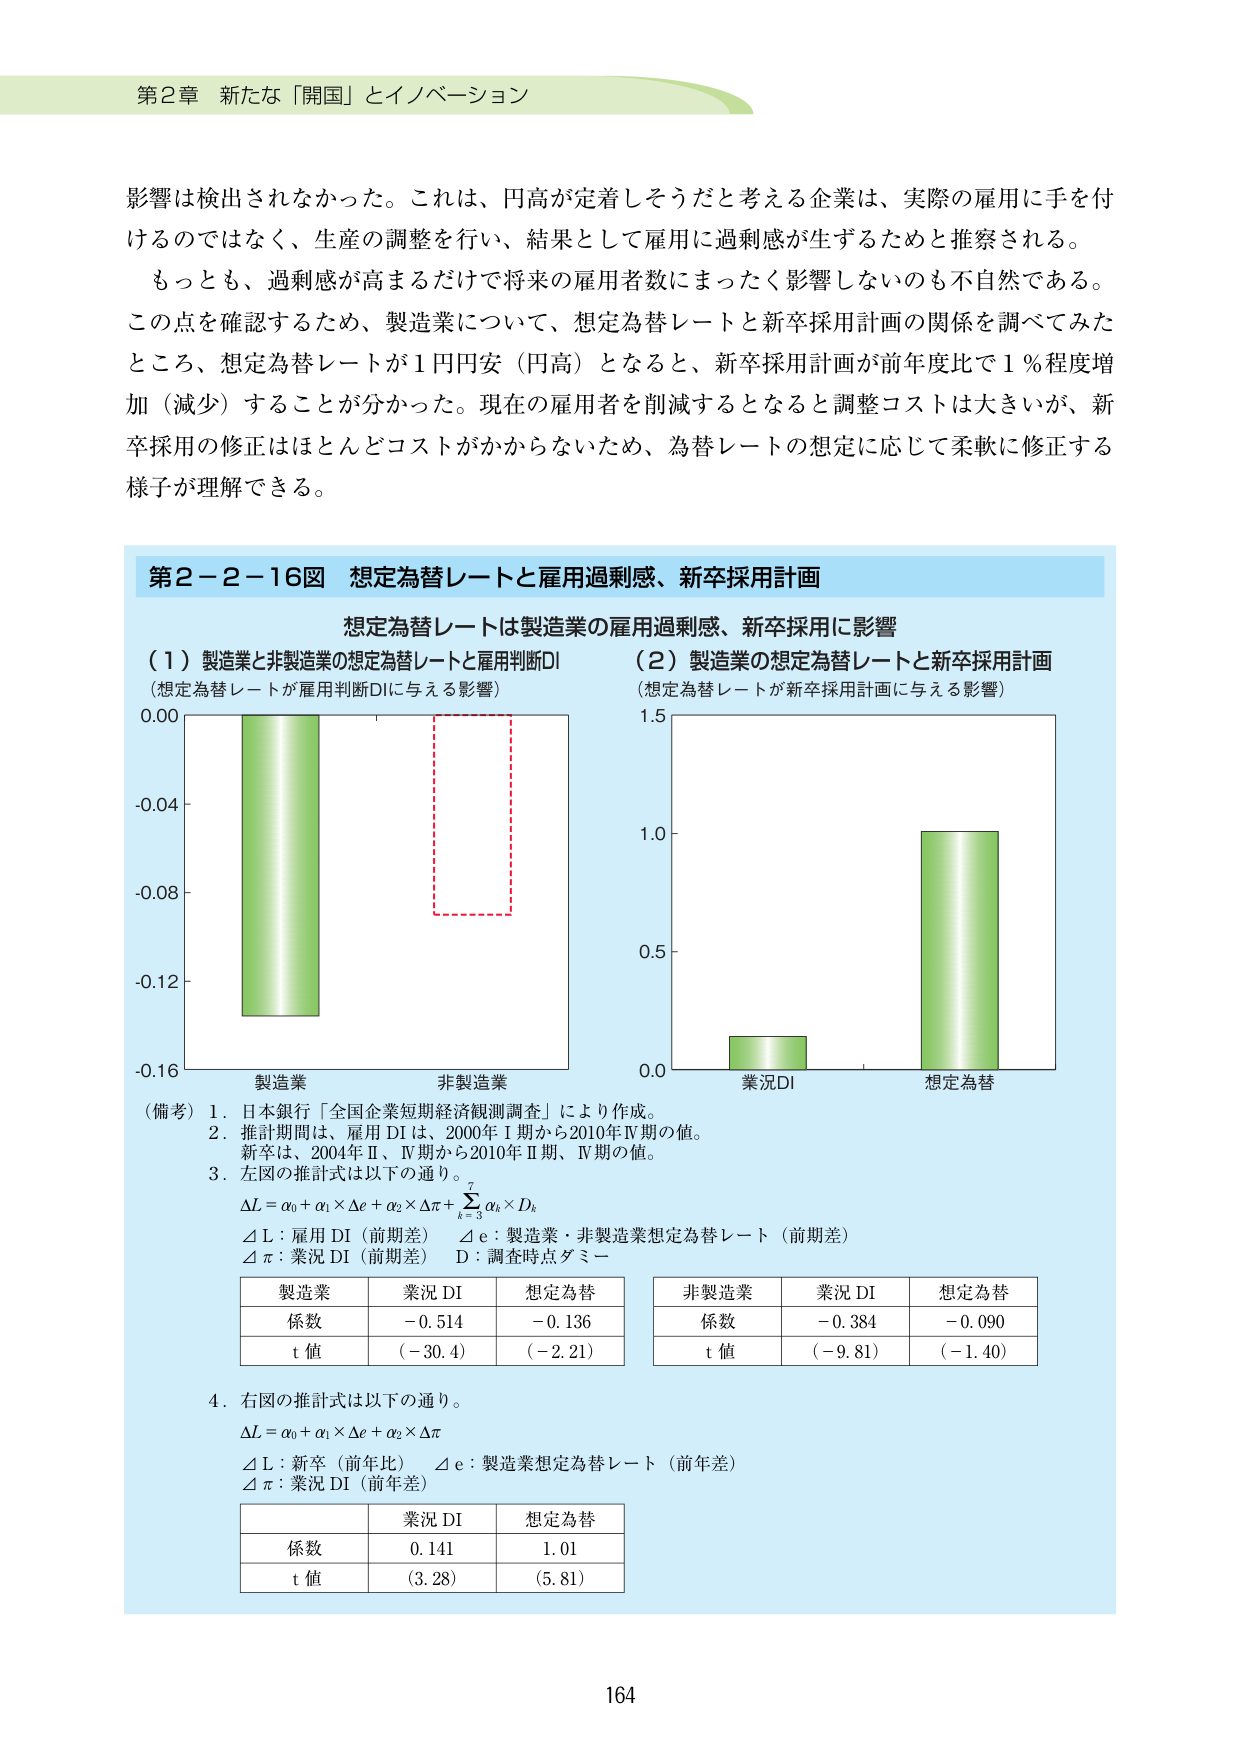
第2章 新たな「開国」とイノベーション

影響は検出されなかった。これは、円高が定着しそうだと考える企業は、実際の雇用に手を付けるのではなく、生産の調整を行い、結果として雇用に過剰感が生ずるためと推察される。

もっとも、過剰感が高まるだけで将来の雇用者数にまったく影響しないのも不自然である。この点を確認するため、製造業について、想定為替レートと新卒採用計画の関係を調べてみたところ、想定為替レートが1円円安（円高）となると、新卒採用計画が前年度比で1％程度増加（減少）することが分かった。現在の雇用者を削減するとなると調整コストは大きいが、新卒採用の修正はほとんどコストがかからないため、為替レートの想定に応じて柔軟に修正する様子が理解できる。

第2-2-16図 想定為替レートと雇用過剰感、新卒採用計画

想定為替レートは製造業の雇用過剰感、新卒採用に影響

（1）製造業と非製造業の想定為替レートと雇用判断DI
（想定為替レートが雇用判断DIに与える影響）

（2）製造業の想定為替レートと新卒採用計画
（想定為替レートが新卒採用計画に与える影響）

（備考）1．日本銀行「全国企業短期経済観測調査」により作成。
2．推計期間は、雇用DIは、2000年I期から2010年IV期の値。
新卒は、2004年II、IV期から2010年II期、IV期の値。
3．左図の推計式は以下の通り。
ΔL = α₀ + α₁ × Δe + α₂ × Δπ + Σ(k=3 to 7) αₖ × Dₖ
ΔL：雇用DI（前期差）　Δe：製造業・非製造業想定為替レート（前期差）
Δπ：業況DI（前期差）　D：調査時点ダミー

製造業　業況DI　想定為替
係数　-0.514　-0.136
t値　(-30.4)　(-2.21)

非製造業　業況DI　想定為替
係数　-0.384　-0.090
t値　(-9.81)　(-1.40)

4．右図の推計式は以下の通り。
ΔL = α₀ + α₁ × Δe + α₂ × Δπ
ΔL：新卒（前年比）　Δe：製造業想定為替レート（前年差）
Δπ：業況DI（前年差）

業況DI　想定為替
係数　0.141　1.01
t値　(3.28)　(5.81)

164